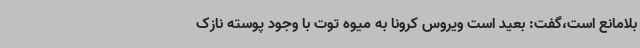
بلامانع است،گفت: بعید است ویروس کرونا به میوه توت با وجود پوسته نازک